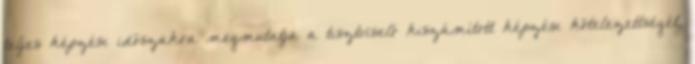
teljes képzési időszakra megmutatja a tisztviselő kiszámított képzési kötelezettségét,